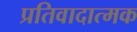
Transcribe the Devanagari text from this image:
प्रतिवादात्मक